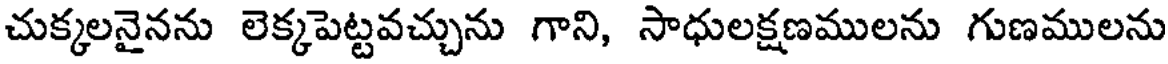
చుక్కలనైనను లెక్కపెట్టవచ్చును గాని, సాధులక్షణములను గుణములను